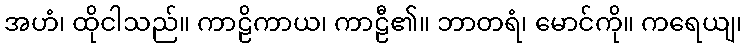
အဟံ၊ ထိုငါသည်။ ကာဠိကာယ၊ ကာဠီ၏။ ဘာတရံ၊ မောင်ကို။ ကရေယျ၊